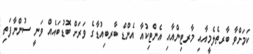
ކަމަށްވާ ބާރތެލެމީއާއި މާރޓިންއާއި އެންޓިކުއާ އެންޑް ބާރބިއުޑާގެ ވަރަށް ބޮޑުބައެއް ވަނީ ސުންނާފަތި